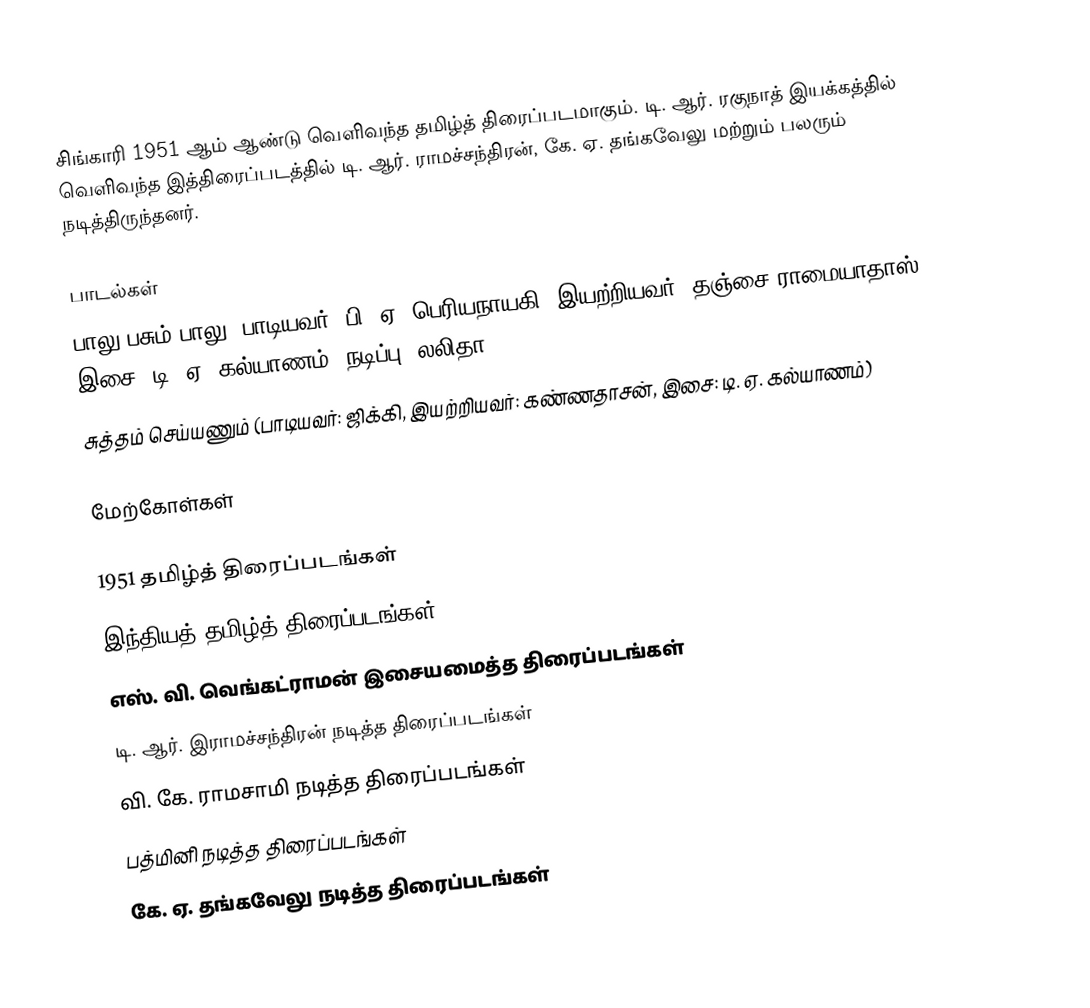
சிங்காரி 1951 ஆம் ஆண்டு வெளிவந்த தமிழ்த் திரைப்படமாகும். டி. ஆர். ரகுநாத் இயக்கத்தில் வெளிவந்த இத்திரைப்படத்தில் டி. ஆர். ராமச்சந்திரன், கே. ஏ. தங்கவேலு மற்றும் பலரும் நடித்திருந்தனர்.

பாடல்கள்
பாலு பசும் பாலு (பாடியவர்: பி. ஏ. பெரியநாயகி, இயற்றியவர்: தஞ்சை ராமையாதாஸ், இசை: டி. ஏ. கல்யாணம், நடிப்பு: லலிதா)
சுத்தம் செய்யணும் (பாடியவர்: ஜிக்கி, இயற்றியவர்: கண்ணதாசன், இசை: டி. ஏ. கல்யாணம்)

மேற்கோள்கள்

1951 தமிழ்த் திரைப்படங்கள்
இந்தியத் தமிழ்த் திரைப்படங்கள்
எஸ். வி. வெங்கட்ராமன் இசையமைத்த திரைப்படங்கள்
டி. ஆர். இராமச்சந்திரன் நடித்த திரைப்படங்கள்
வி. கே. ராமசாமி நடித்த திரைப்படங்கள்
பத்மினி நடித்த திரைப்படங்கள்
கே. ஏ. தங்கவேலு நடித்த திரைப்படங்கள்